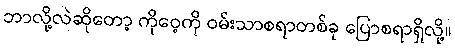
ဘာလို့လဲဆိုတော့ ကိုဝေ့ကို ဝမ်းသာစရာတစ်ခု ပြောစရာရှိလို့။